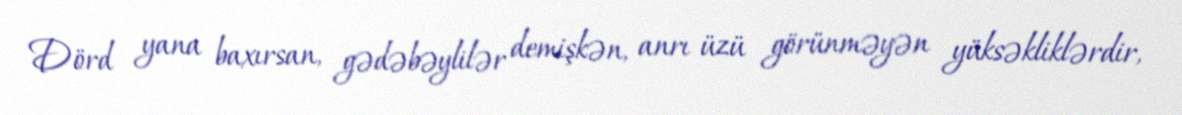
Dörd yana baxırsan, gədəbəylilər demişkən, anrı üzü görünməyən yüksəkliklərdir,